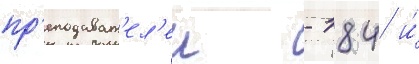
пр'еподават'ел'еи - 184 и́